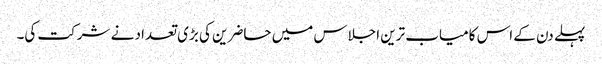
پہلے دن کے اس کامیاب ترین اجلاس میں حاضرین کی بڑی تعداد نے شرکت کی۔